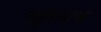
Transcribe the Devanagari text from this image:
लुहान्सक